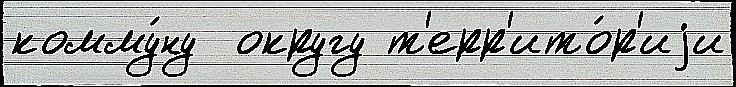
комму́ну  округу т'ерр'ито́р'иjи